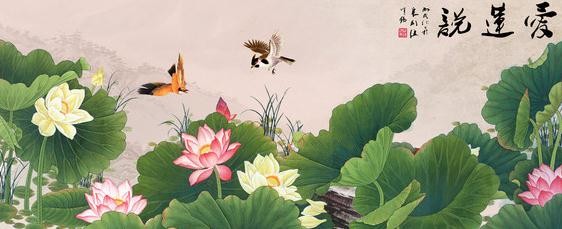
接天莲叶无穷碧，映日荷花别样红。